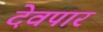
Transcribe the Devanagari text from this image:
देवपार